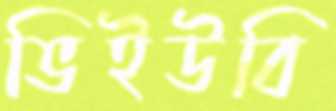
ভিইউবি